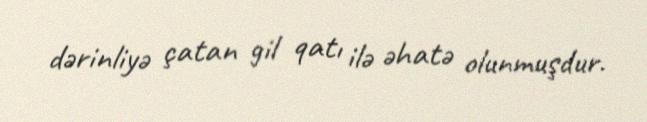
dərinliyə çatan gil qatı ilə əhatə olunmuşdur.